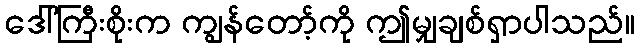
ဒေါ်ကြီးစိုးက ကျွန်တော့်ကို ဤမျှချစ်ရှာပါသည်။